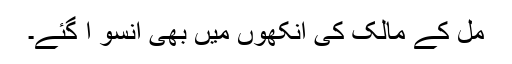
مل کے مالک کی آنکھوں میں بھی آنسو آ گئے۔